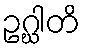
ဥဂ္ဃါတိ